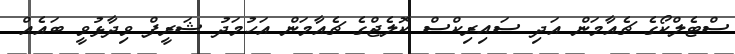
ސްޓެލްކޯގެ ޗެއާމަން އަދި ސައިރިކްސް ކޮލެޖްގެ ޗެއާމަން އަހުމަދު ޝަރީފް ވިދާޅުވީ ބައެއް